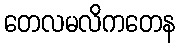
တေလမလိကတေန